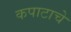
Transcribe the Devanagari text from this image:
कपाटाचे